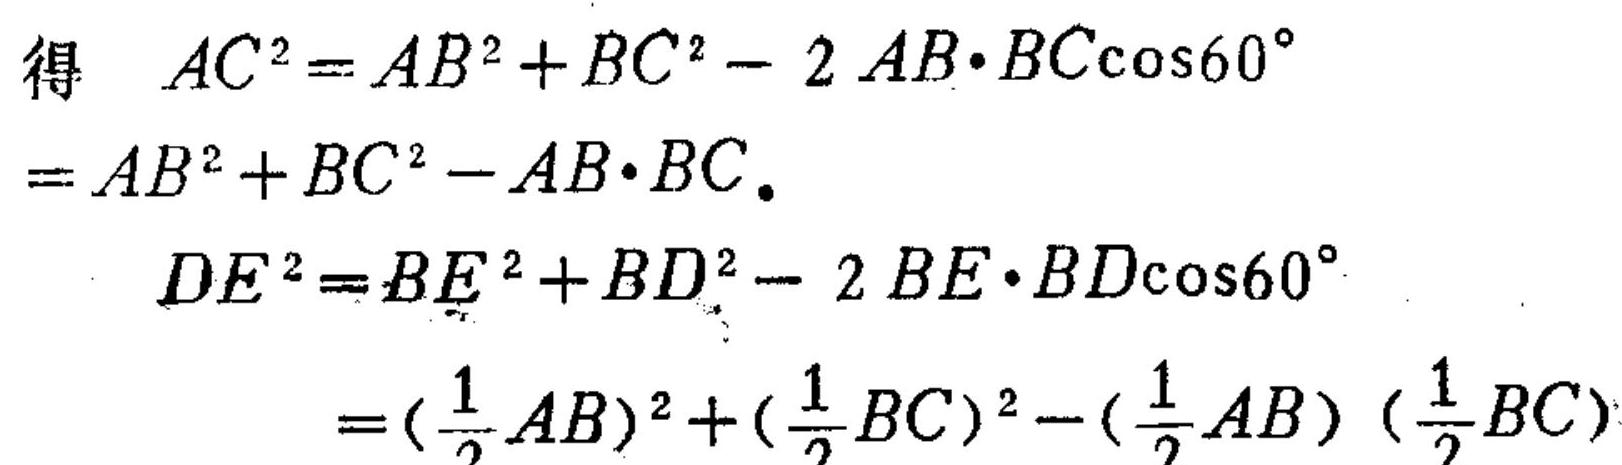
\[
\begin{align*}
\text{得 }AC^{2}&=AB^{2}+BC^{2}-2AB\cdot BC\cos60^{\circ}\\
&=AB^{2}+BC^{2}-AB\cdot BC.\\
DE^{2}&=BE^{2}+BD^{2}-2BE\cdot BD\cos60^{\circ}\\
&=(\frac{1}{2}AB)^{2}+(\frac{1}{2}BC)^{2}-(\frac{1}{2}AB)(\frac{1}{2}BC)
\end{align*}
\]